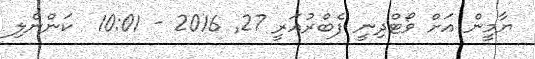
ޔާމީން އަށް ވޯޓްދިނީ ފެބްރުއަރީ 27